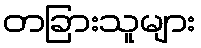
တခြားသူများ